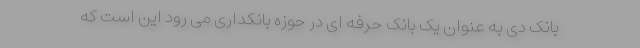
بانک دی به عنوان یک بانک حرفه ای در حوزه بانکداری می رود این است که